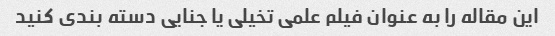
این مقاله را به عنوان فیلم علمی تخیلی یا جنایی دسته بندی کنید